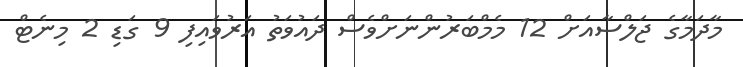
މާދަމާގެ ޖަލްސާއަށް 12 މެމްބަރުންނަށްވެސް ދައުވަތު އަރުވައިފި 9 ގަޑި 2 މިނެޓް